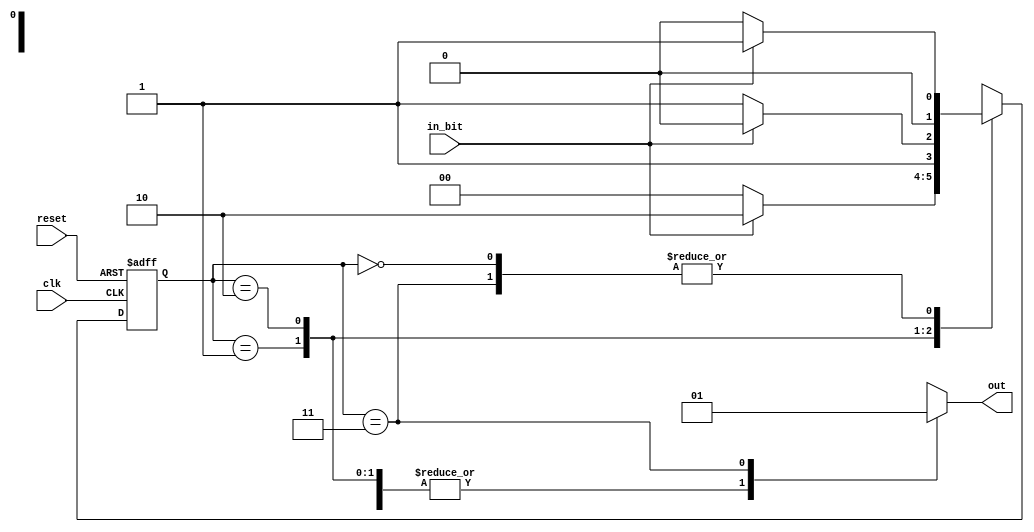
module Moore110(in_bit,clk,reset,out);
input clk,reset,in_bit;
output reg out;
parameter S0=0,S1=1,S2=2,S3=3;
reg [1:0] PS,NS;

always@(posedge clk or posedge reset)
begin 
if(reset)
PS <= S0;   
else      
PS <= NS; 
end             

always@(PS or in_bit)
begin            
case(PS)
   S0 : begin 
   NS = in_bit ? S1 : S0 ;
   end
   S1 : begin 
   NS = in_bit ? S2 : S0 ;
   end
   S2 : begin 
   NS = in_bit ? S2 : S3 ;
   end 
   S3 : begin 
   NS = in_bit ? S1 : S0 ;
   end  

   default NS = S0;  
endcase
end

always@(PS)
begin
  case(PS)
  S0 : out = 0;
  S1 : out = 0;
  S2 : out = 0;
  S3 : out = 1; 

  default out = 0; 
  endcase
end
endmodule